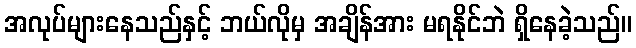
အလုပ်များနေသည်နှင့် ဘယ်လိုမှ အချိန်အား မရနိုင်ဘဲ ရှိနေခဲ့သည်။